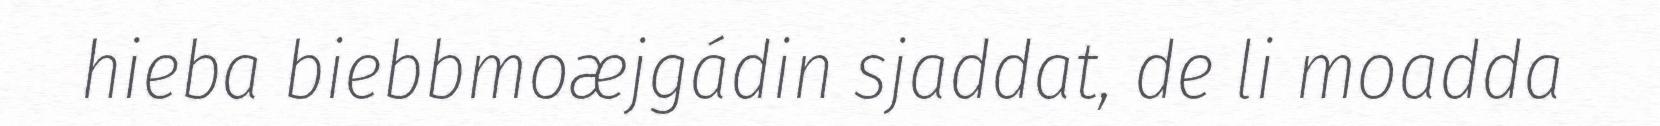
hieba biebbmoæjgádin sjaddat, de li moadda